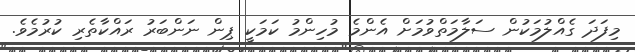
މިފަދަ ގެއްލުމަކުން ސަލާމަތްވުމަށް އެންމެ މުހިންމު ކަމަކީ ޕިން ނަންބަރު ރައްކާތެރި ކުރުމެވެ.